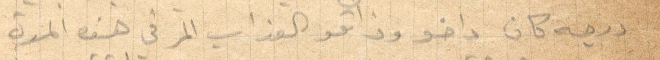
درجة كانو داخو وذاقو العذاب المر في هذه المدة